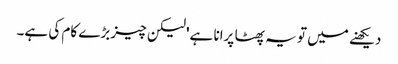
دیکھنے میں تو یہ پھٹا پرانا ہے' لیکن چیز بڑے کام کی ہے۔